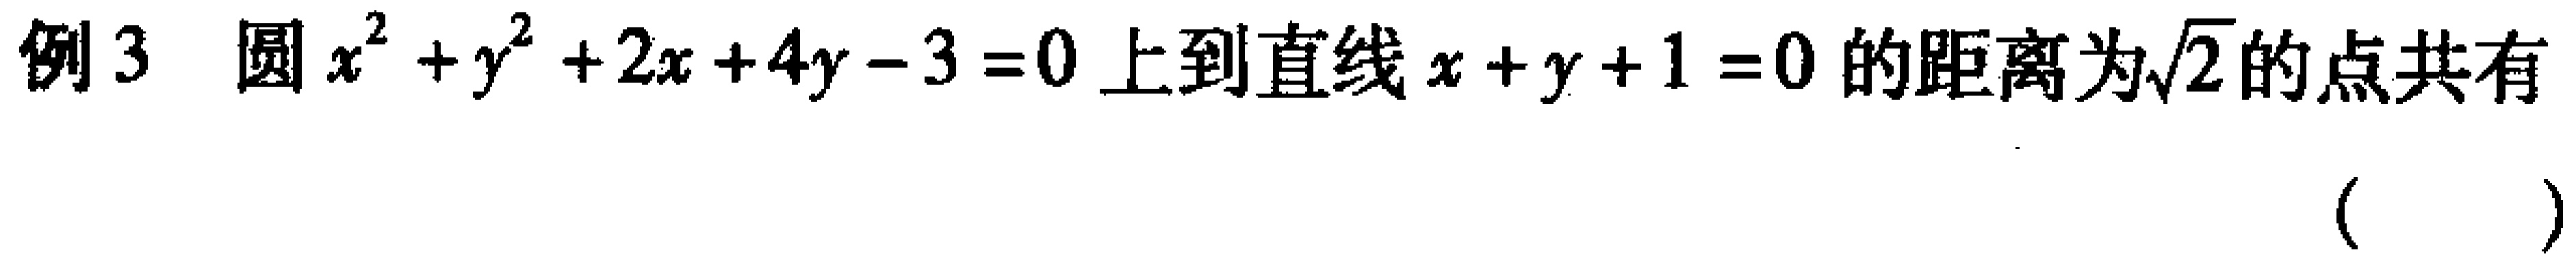
例3 圆\(x^{2}+y^{2}+2x + 4y - 3 = 0\)上到直线\(x + y + 1 = 0\)的距离为\(\sqrt{2}\)的点共有（  ）